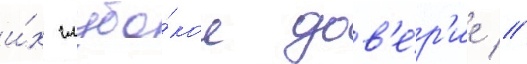
и́х глубо́кое дов'е́р'ие //